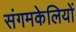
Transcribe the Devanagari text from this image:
संगमकेलियों